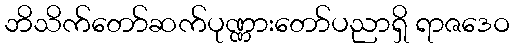
ဘိသိက်တော်ဆက်ပုဏ္ဏားတော်ပညာရှိ ရာဇဒေဝ